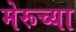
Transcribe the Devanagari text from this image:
मेरूच्या